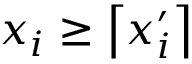
x _ { i } \geq \left\lceil x _ { i } ^ { \prime } \right\rceil